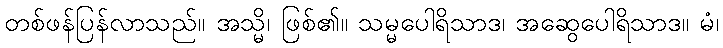
တစ်ဖန်ပြန်လာသည်။ အသ္မိ၊ ဖြစ်၏။ သမ္မပေါရိသာဒ၊ အဆွေပေါရိသာဒ။ မံ၊